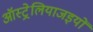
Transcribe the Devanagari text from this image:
ऑस्ट्रेलियाजइयों